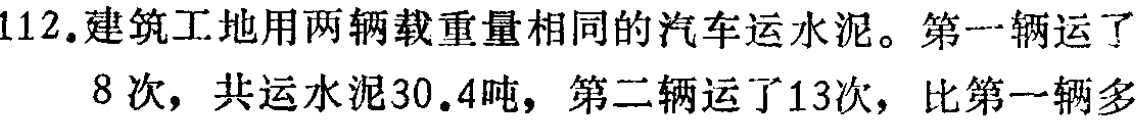
112.建筑工地用两辆载重量相同的汽车运水泥。第一辆运了8次，共运水泥30.4吨，第二辆运了13次，比第一辆多